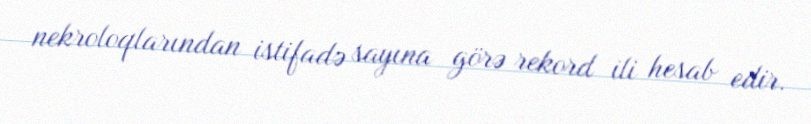
nekroloqlarından istifadə sayına görə rekord ili hesab edir.